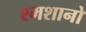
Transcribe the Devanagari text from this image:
श्मशानो